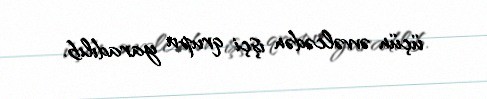
üçün əvvəlcədən işçi qrupu yaradılıb.